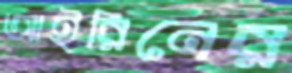
আইরিনের